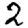
Digit: 2